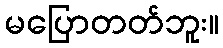
မပြောတတ်ဘူး။